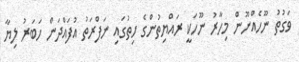
ވަގުތު ނޫހެއްނޫން މިހާރު ނޫހަކީ ރައްޔިތުންގެ ހިތުގައި ނަފްރަތު އުފައްދަން ހަބަރު ލިޔާ